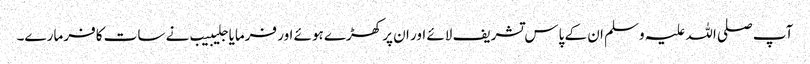
آپ صلی اللہ علیہ وسلم ان کے پاس تشریف لائے اور ان پر کھڑے ہوئے اور فرمایا جلیبیب نے سات کافر مارے۔